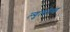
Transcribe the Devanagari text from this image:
ल्युत्पोल्ड